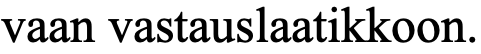
vaan vastauslaatikkoon.